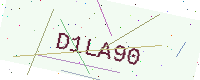
Text: D1LA90